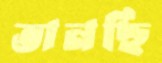
ভানছি